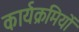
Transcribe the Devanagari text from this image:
कार्यक्रमियों